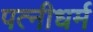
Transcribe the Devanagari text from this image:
पत्‍नीधर्म